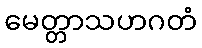
မေတ္တာသဟဂတံ